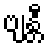
ဗျန္တီ